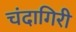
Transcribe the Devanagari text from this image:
चंदागिरी